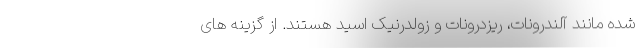
شده مانند آلندرونات، ریزدرونات و زولدرنیک اسید هستند. از گزینه های